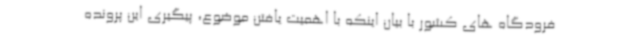
فرودگاه های کشور با بیان اینکه با اهمیت یافتن موضوع، پیگیری این پرونده